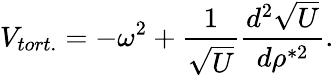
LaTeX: V_{tort.}=-\omega^{2}+\frac{1}{\sqrt U}\frac{d^{2}\sqrt U}{d\rho^{*2}}.